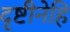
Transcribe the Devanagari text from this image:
दृष्टीनेहि